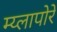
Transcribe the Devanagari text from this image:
म्य्लापोरे